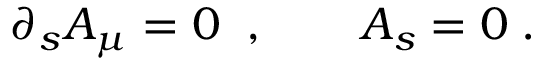
\partial _ { s } A _ { \mu } = 0 \; \; , \qquad A _ { s } = 0 \; .